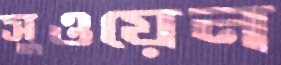
সুওয়েন